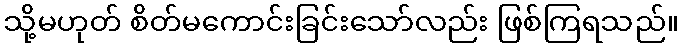
သို့မဟုတ် စိတ်မကောင်းခြင်းသော်လည်း ဖြစ်ကြရသည်။